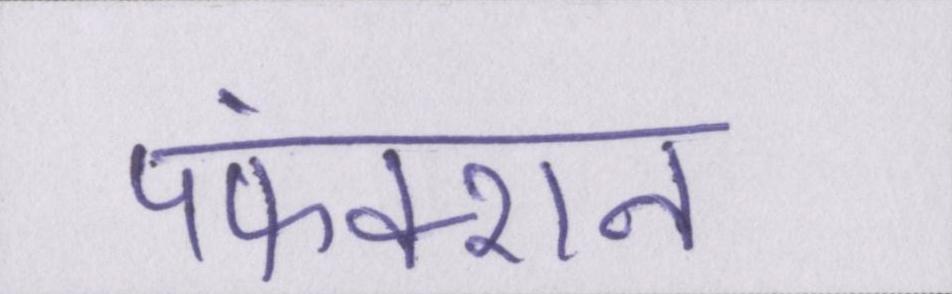
पफंक्शन